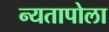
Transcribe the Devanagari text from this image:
न्यतापोला